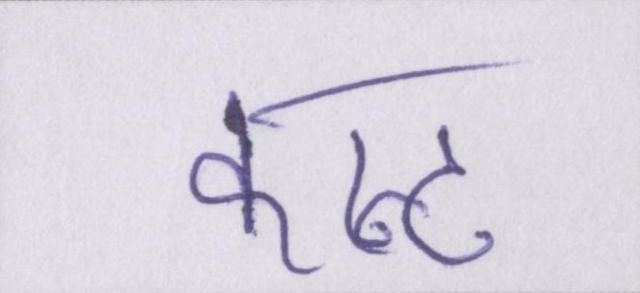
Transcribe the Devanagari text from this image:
कान्ट